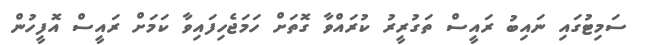
ސަމިޓުގައި ނައިބު ރައީސް ތަގުރީރު ކުރައްވާ ގޮތަށް ހަމަޖެހިފައިވާ ކަމަށް ރައީސް އޮފީހުން